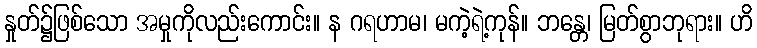
နှုတ်၌ဖြစ်သော အမှုကိုလည်းကောင်း။ န ဂရဟာမ၊ မကဲ့ရဲ့ကုန်။ ဘန္တေ၊ မြတ်စွာဘုရား။ ဟိ